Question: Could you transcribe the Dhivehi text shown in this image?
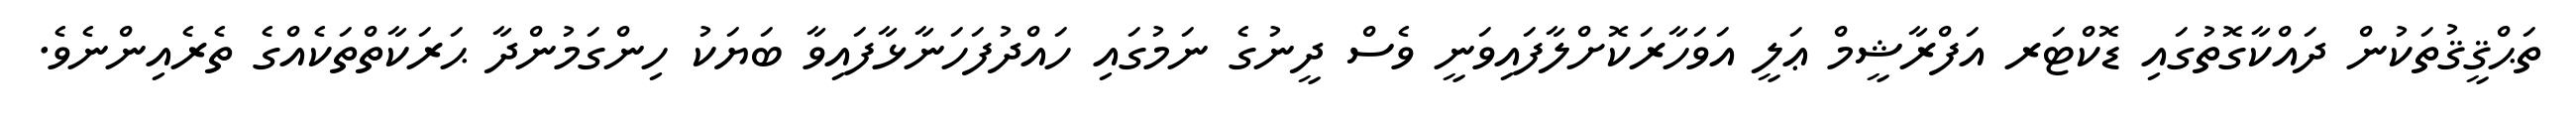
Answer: ތަޙްޤީޤުތަކުން ދައްކާގޮތުގައި ޑޮކްޓަރ އަފްރާޝީމް ޢަލީ އަވަހާރަކޮށްލާފައިވަނީ ވެސް ދީނުގެ ނަމުގައި ހައްދުފަހަނާޅާފައިވާ ބަޔަކު ހިންގަމުންދާ ޙަރަކާތްތަކެއްގެ ތެރެއިންނެވެ.